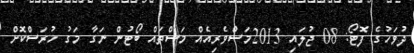
ދުވަހުގެ ފޮޓޯ: 08 ޖުލައި 2013މަސްވެރިއެއް މަސްތައް ބޯޓުން ނަގާ މަގު ހުރަސްކޮށް